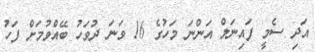
އަދި ސެމީ ފައިނަލް އަންނަ މަހުގެ 16 ވަނަ ދުވަހު ބޭއްވުމަށް ފަހު